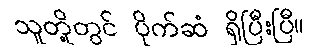
သူတို့တွင် ပိုက်ဆံ ရှိပြီးပြီ။